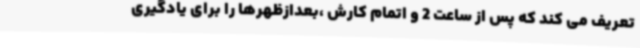
تعریف می کند که پس از ساعت 2 و اتمام کارش ،بعدازظهرها را برای یادگیری